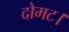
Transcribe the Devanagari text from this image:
दोमट।